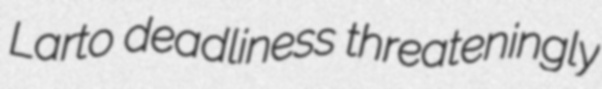
Larto deadliness threateningly